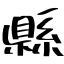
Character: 縣